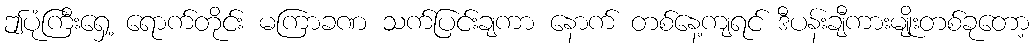
ဤပုံကြီးရှေ့ ရောက်တိုင်း မကြာခဏ သက်ပြင်းချကာ နောက် တစ်နေ့ကျရင် ဒီပန်းချီကားမျိုးတစ်ခုတော့